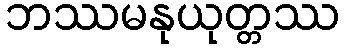
ဘဿမနုယုတ္တဿ